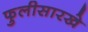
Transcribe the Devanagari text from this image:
फुलीसारखे